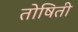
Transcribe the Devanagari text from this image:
तोषिती